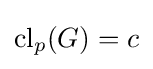
\mathrm {cl} _{p}(G)=c